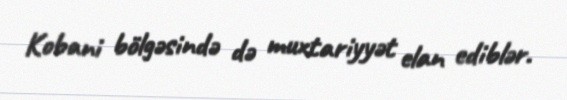
Kobani bölgəsində də muxtariyyət elan ediblər.